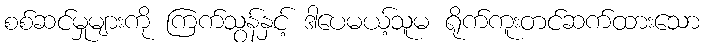
စစ်ဆင်မှုများကို ကြက်သွန်နှင့် ဒါပေမယ့်သူမ ရိုက်ကူးတင်ဆက်ထားသော